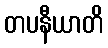
တပနီယာတိ